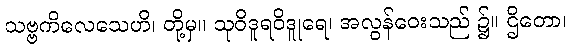
သဗ္ဗကိလေသေဟိ၊ တို့မှ။ သုဝိဒူရဝိဒူုရေ၊ အလွန်ဝေးသည် ၌။ ဌိတော၊